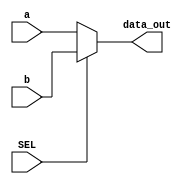
module MUX_64bit(
  input [63:0] a, b,
  input SEL,
  output [63:0] data_out
);
  
  assign data_out = SEL ? b : a;
  
endmodule